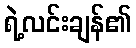
ရဲ့လင်းချန်၏